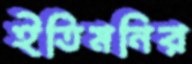
ইতিমনির